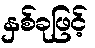
နှစ်ခုဖြင့်